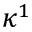
\kappa ^ { 1 }